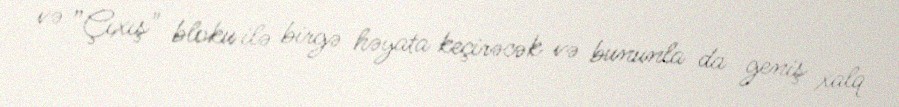
və ”Çıxış" bloku ilə birgə həyata keçirəcək və bununla da geniş xalq